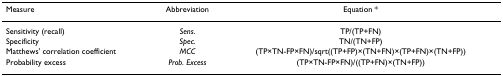
<table><thead><tr><td><b>Measure</b></td><td><b>Abbreviation</b></td><td><b>Equation *</b></td></tr></thead><tbody><tr><td>Sensitivity (recall)</td><td><i>Sens</i>.</td><td>TP/(TP+FN)</td></tr><tr><td>Specificity</td><td><i>Spec</i>.</td><td>TN/(TN+FP)</td></tr><tr><td>Matthews&#x27; correlation coefficient</td><td><i>MCC</i></td><td>(TP×TN-FP×FN)/sqrt((TP+FP)×(TN+FN)×(TP+FN)×(TN+FP))</td></tr><tr><td>Probability excess</td><td><i>Prob. Excess</i></td><td>(TP×TN-FP×FN)/((TP+FN)×(TN+FP))</td></tr></tbody></table>